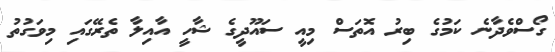
ގޯސްވެދާނެ ކަމުގެ ބިރު އޮތަސް މިއީ ސައޫދީގެ ޝާހީ އާއިލާ ތެރޭގައި މިވަގުތު